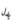
يدل